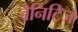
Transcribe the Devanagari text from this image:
वैनिटिज